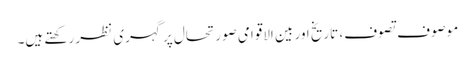
موصوف تصوف، تاریخ اور بین الاقوامی صورتحال پر گہری نظر رکھتے ہیں۔